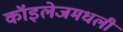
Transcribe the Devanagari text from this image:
कॉइलेजमधली